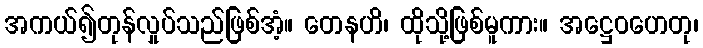
အကယ်၍တုန်လှုပ်သည်ဖြစ်အံ့။ တေနဟိ၊ ထိုသို့ဖြစ်မူကား။ အဋ္ဌေဝဟေတု၊